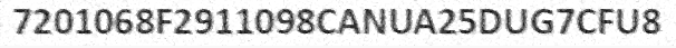
7201068F2911098CANUA25DUG7CFU8